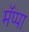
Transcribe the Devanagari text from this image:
मॅप्पा